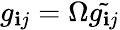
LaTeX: g_{\mathbf{i}j}=\Omega\tilde{{g_{\mathbf{i}j}}}